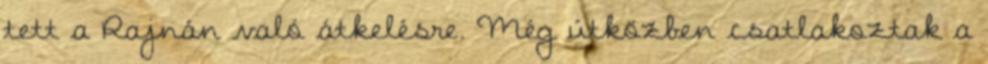
tett a Rajnán való átkelésre. Még útközben csatlakoztak a